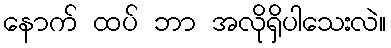
နောက် ထပ် ဘာ အလိုရှိပါသေးလဲ။